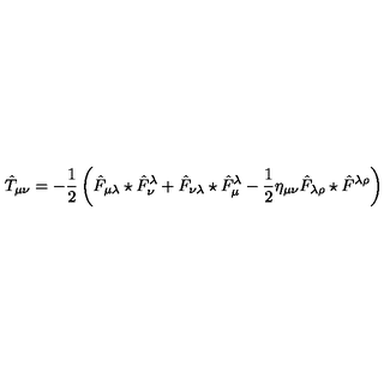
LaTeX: \hat { T } _ { \mu \nu } = - \frac { 1 } { 2 } \left( \hat { F } _ { \mu \lambda } \star \hat { F } _ { \nu } ^ { \lambda } + \hat { F } _ { \nu \lambda } \star \hat { F } _ { \mu } ^ { \lambda } - \frac { 1 } { 2 } \eta _ { \mu \nu } \hat { F } _ { \lambda \rho } \star \hat { F } ^ { \lambda \rho } \right)